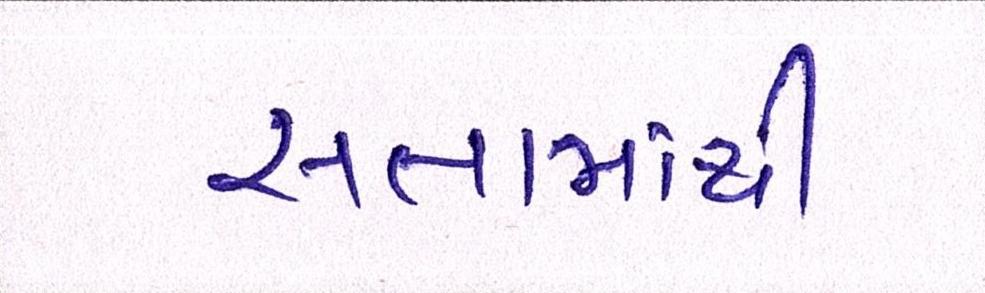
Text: સત્તામાંથી